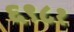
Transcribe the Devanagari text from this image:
६९८१